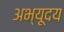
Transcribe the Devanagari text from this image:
अभ्यूदय